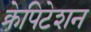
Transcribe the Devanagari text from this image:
क्रेपिटेशन